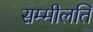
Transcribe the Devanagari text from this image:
सम्मीलति